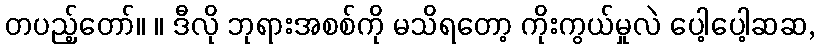
တပည့်တော်။ ။ ဒီလို ဘုရားအစစ်ကို မသိရတော့ ကိုးကွယ်မှုလဲ ပေါ့ပေါ့ဆဆ,